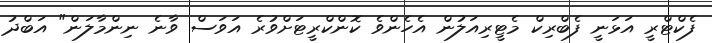
ފެކްޓްރީ އަޅަނީ ފެބްރިކް މެޓީރިއަލުން އެހެންވެ ކޮންކްރީޓަށްވުރެ އަވަސް ވާނެ ނިންމާލަން" އަބްދު